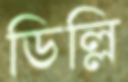
ডিল্লি